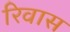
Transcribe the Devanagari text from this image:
रिवास